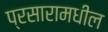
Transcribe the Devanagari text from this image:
प्रसारामधील